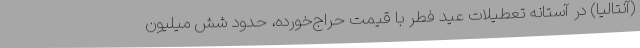
(آنتالیا) در آستانه تعطیلات عید فطر با قیمت حراج‌خورده، حدود شش میلیون